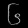
Digit: ၆